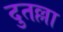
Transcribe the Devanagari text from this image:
दुतल्ला